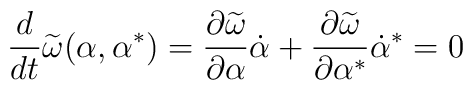
\frac {d}{dt}\widetilde \omega (\alpha ,\alpha ^{*})=\frac {\partial \widetilde \omega }{\partial \alpha }\dot \alpha +\frac {\partial \widetilde \omega }{\partial \alpha ^{*}}\dot \alpha ^{*}=0